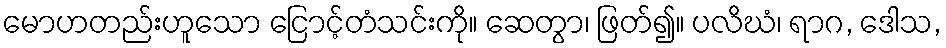
မောဟတည်းဟူသော ငြောင့်တံသင်းကို။ ဆေတွာ၊ ဖြတ်၍။ ပလိဃံ၊ ရာဂ, ဒေါသ,